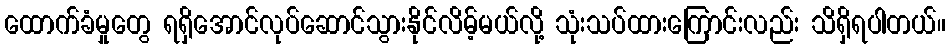
ထောက်ခံမှုတွေ ရရှိအောင်လုပ်ဆောင်သွားနိုင်လိမ့်မယ်လို့ သုံးသပ်ထားကြောင်းလည်း သိရှိရပါတယ်။